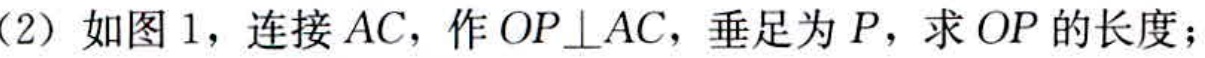
(2) 如图 1，连接 \(AC\)，作 \(OP\perp AC\)，垂足为 \(P\)，求 \(OP\) 的长度；